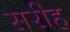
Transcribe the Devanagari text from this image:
सरीह